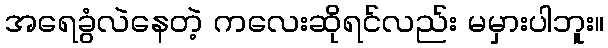
အရေခွံလဲနေတဲ့ ကလေးဆိုရင်လည်း မမှားပါဘူး။